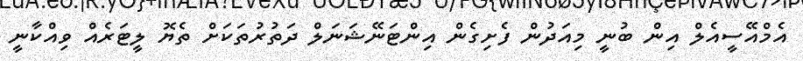
އެމްއޭސީއެލް އިން ބުނީ މިއަދުން ފެށިގެން އިންޓަނޭޝަނަލް ދަތުރުތަކަށް ތެޔޮ ލީޓަރެއް ވިއްކާނީ